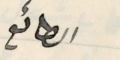
الطائع